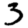
Digit: 3